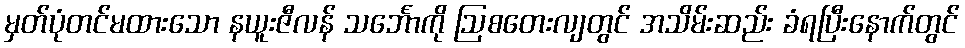
မှတ်ပုံတင်မထားသော နယူးဇီလန် သင်္ဘောကို ဩစတေးလျတွင် အသိမ်းဆည်း ခံရပြီးနောက်တွင်